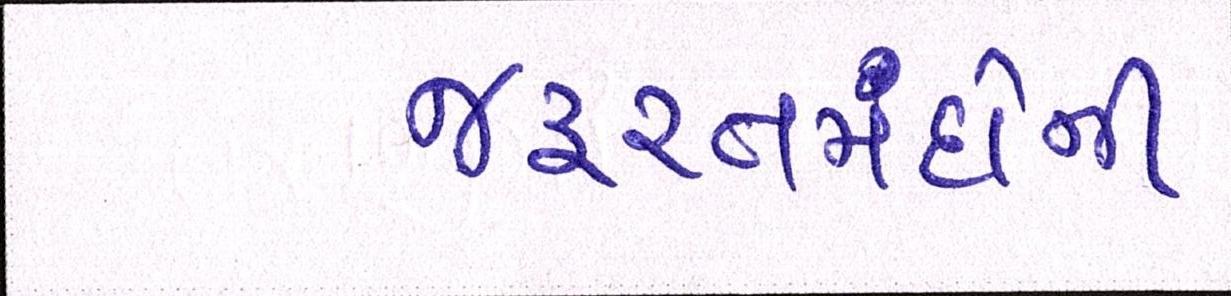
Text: જરૂરતમંદોની